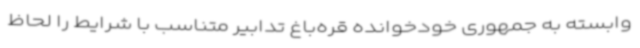
وابسته به جمهوری خودخوانده قره‌باغ تدابیر متناسب با شرایط را لحاظ